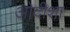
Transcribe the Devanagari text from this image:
ओदीशा